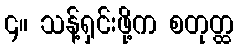
၄။ သန့်ရှင်းဖို့က စတုတ္ထ